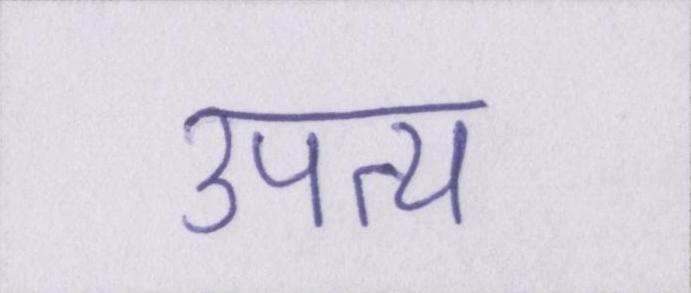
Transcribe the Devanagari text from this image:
उपत्य